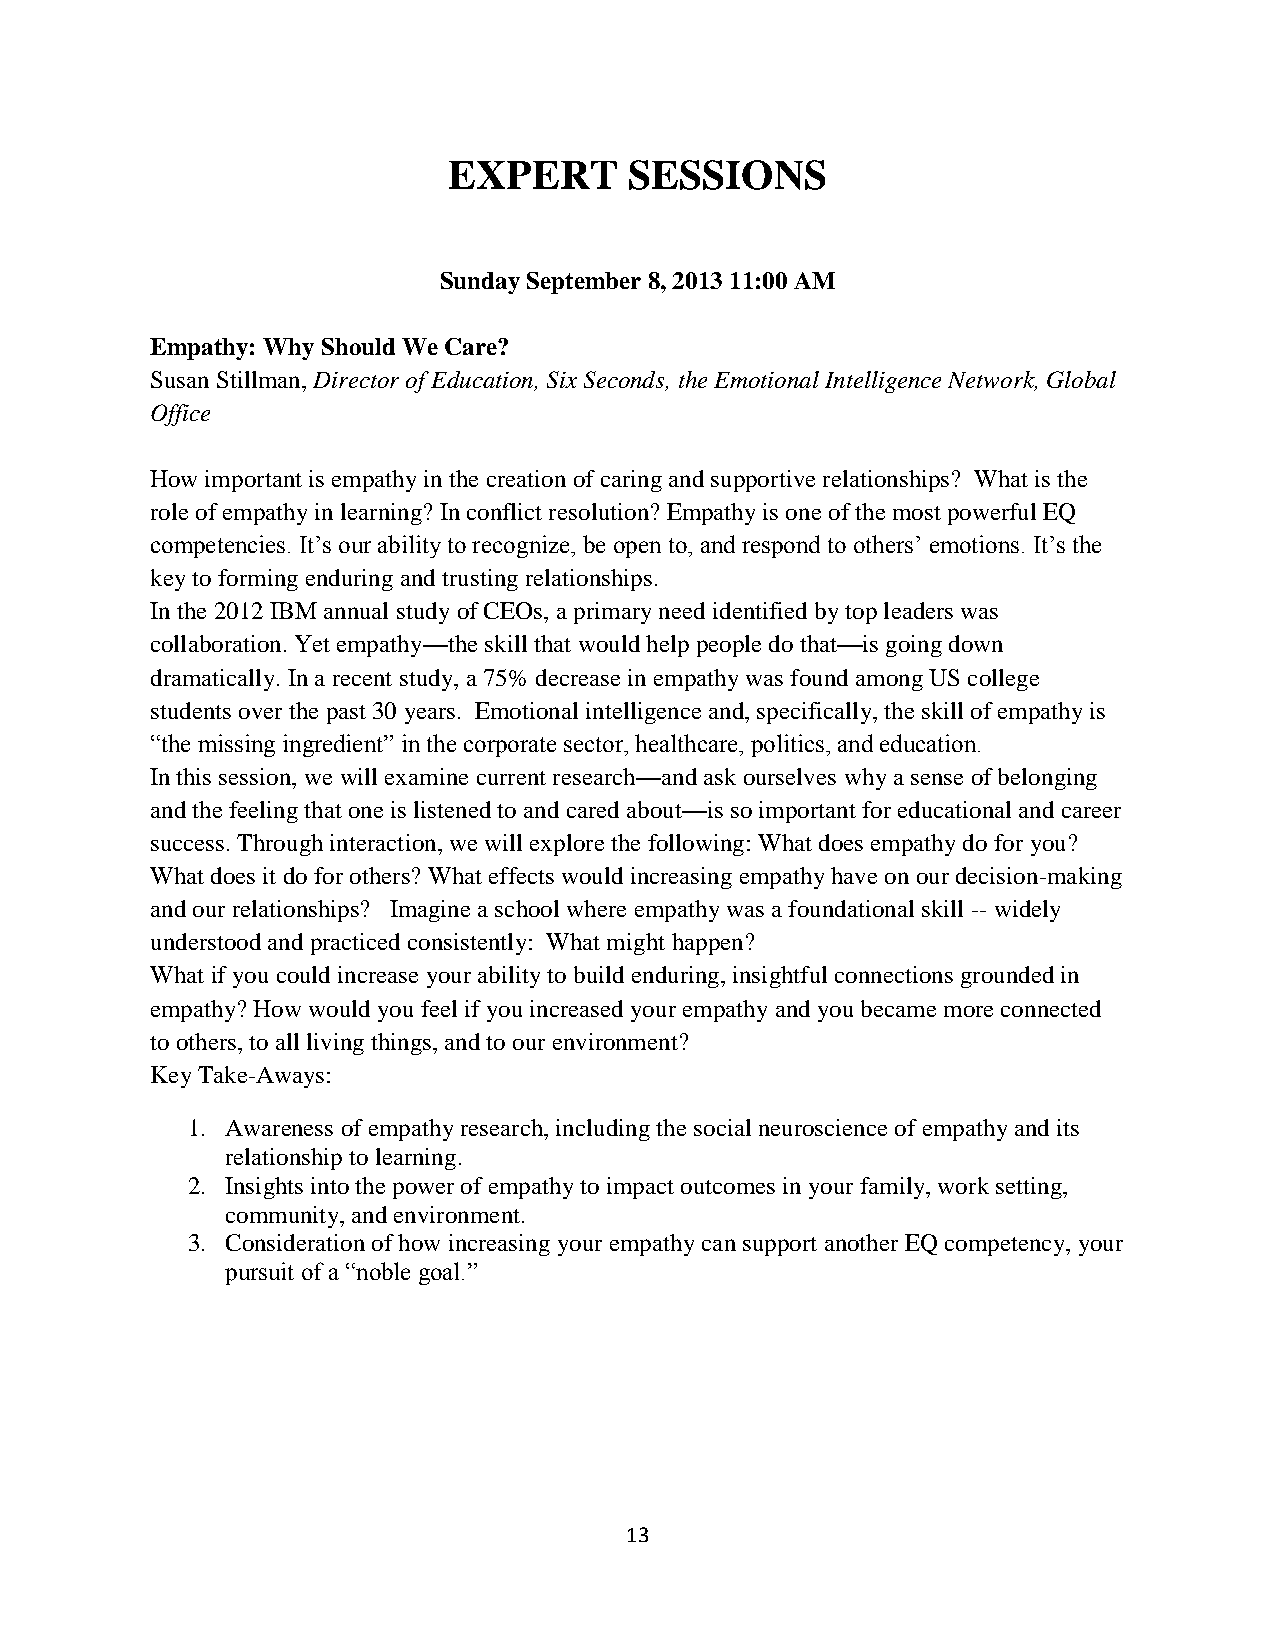
EXPERT      SESSIONS
 Sunday September 8, 2013 11:00 AM
 Empathy: Why Should We Care?
 Susan Stillman, Director of Education, Six Seconds, the Emotional Intelligence Network, Global
 Office
 How important is empathy in the creation of caring and supportive relationships? What is the
 role of empathy in learning? In conflict resolution? Empathy is one of the most powerful EQ
 competencies. It’s our ability to recognize, be open to, and respond to others’ emotions. It’s the
 key to forming enduring and trusting relationships.
 In the 2012 IBM annual study of CEOs, a primary need identified by top leaders was
 collaboration. Yet empathy––the skill that would help people do that––is going down
 dramatically. In a recent study, a 75% decrease in empathy was found among US college
 students over the past 30 years. Emotional intelligence and, specifically, the skill of empathy is
 “the missing ingredient” in the corporate sector, healthcare, politics, and education.
 In this session, we will examine current research—and ask ourselves why a sense of belonging
 and the feeling that one is listened to and cared about—is so important for educational and career
 success. Through interaction, we will explore the following: What does empathy do for you?
 What does it do for others? What effects would increasing empathy have on our decision-making
 and our relationships? Imagine a school where empathy was a foundational skill -- widely
 understood and practiced consistently: What might happen?
 What if you could increase your ability to build enduring, insightful connections grounded in
 empathy? How would you feel if you increased your empathy and you became more connected
 to others, to all living things, and to our environment?
 Key Take-Aways:
 1. Awareness of empathy research, including the social neuroscience of empathy and its
 relationship to learning.
 2. Insights into the power of empathy to impact outcomes in your family, work setting,
 community, and environment.
 3. Consideration of how increasing your empathy can support another EQ competency, your
 pursuit of a “noble goal.”
 13